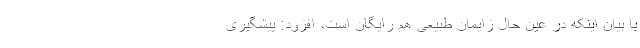
با بیان اینکه در عین حال زایمان طبیعی هم رایگان است، افزود: پیشگیری